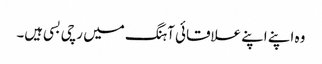
وہ اپنے اپنے علاقائی آہنگ میں رچی بسی ہیں۔